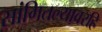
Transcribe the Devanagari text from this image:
सांगितल्यावरहि